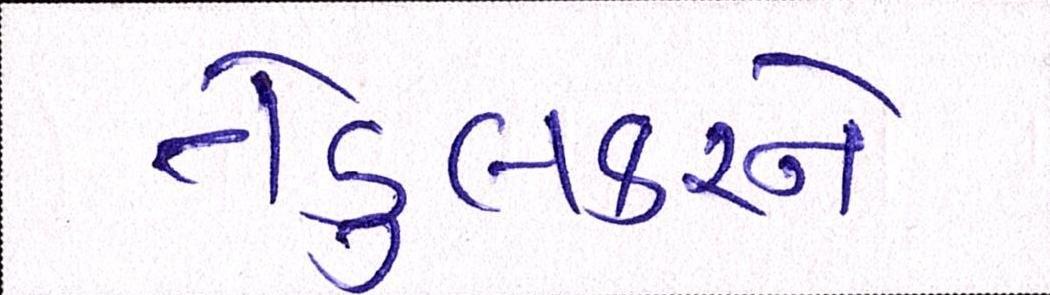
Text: તેંડુલકરને